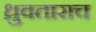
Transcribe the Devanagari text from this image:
ध्रुवताराच